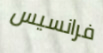
فرانسيس